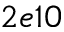
2 e 1 0